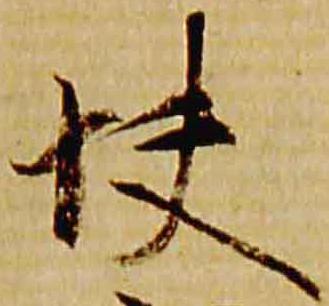
快